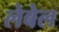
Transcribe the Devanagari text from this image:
लेबेल